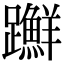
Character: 𨇤